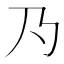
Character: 𱍹